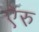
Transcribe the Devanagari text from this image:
ऐरु